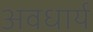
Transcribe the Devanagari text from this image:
अवधार्य